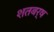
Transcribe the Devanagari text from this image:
शतबर्ष